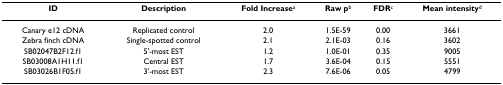
| ID | Description | Fold Increasea | Raw pb | FDRc | Mean intensityd |
 | --- | --- | --- | --- | --- | --- |
 | Canary e12 cDNA | Replicated control | 2.0 | 1.5E-59 | 0.00 | 3661 |
 | Zebra finch cDNA | Single-spotted control | 2.1 | 2.1E-03 | 0.16 | 3602 |
 | SB02047B2F12.f1 | 5'-most EST | 1.2 | 1.0E-01 | 0.35 | 9005 |
 | SB03008A1H11.f1 | Central EST | 1.7 | 3.6E-04 | 0.15 | 5551 |
 | SB03026B1F05.f1 | 3'-most EST | 2.3 | 7.6E-06 | 0.05 | 4799 |